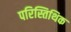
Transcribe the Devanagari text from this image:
परिस्तिथिक